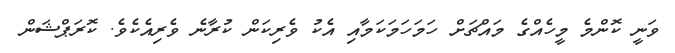
ވަނީ ކޮންމެ މީހެއްގެ މައްޗަށް ހަމަހަމަކަމާއި އެކު ވެރިކަން ކުރާނެ ވެރިއެކެވެ. ކޮރަޕްޝަން